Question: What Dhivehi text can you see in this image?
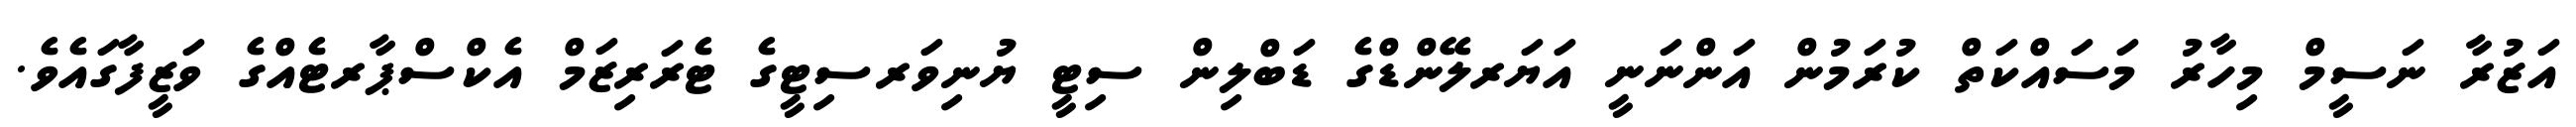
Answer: އަޒުރާ ނަސީމް މިހާރު މަސައްކަތް ކުރަމުން އަންނަނީ އަޔަރލޭންޑްގެ ޑަބްލިން ސިޓީ ޔުނިވަރސިޓީގެ ޓެރަރިޒަމް އެކްސްޕާރޓެއްގެ ވަޒީފާގައެވެ.